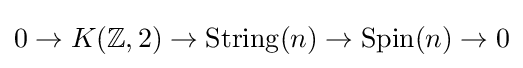
0\rightarrow {\displaystyle K(\mathbb {Z} ,2)}\rightarrow \operatorname {String} (n)\rightarrow \operatorname {Spin} (n)\rightarrow 0